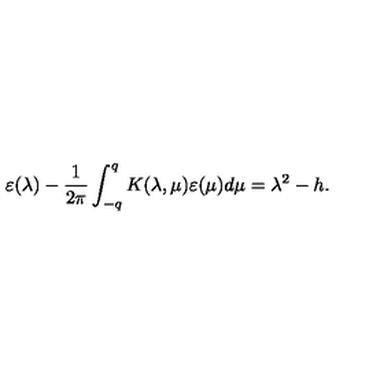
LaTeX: \varepsilon ( \lambda ) - \frac { 1 } { 2 \pi } \int _ { - q } ^ { q } K ( \lambda , \mu ) \varepsilon ( \mu ) d \mu = \lambda ^ { 2 } - h .